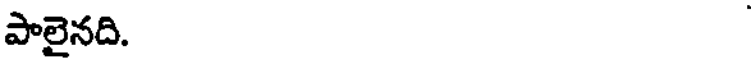
పాలైనది.